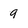
Character: 9